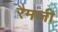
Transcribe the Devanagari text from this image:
रैमजी